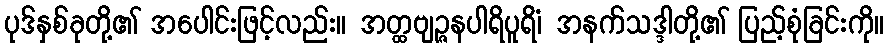
ပုဒ်နှစ်ခုတို့၏ အပေါင်းဖြင့်လည်း။ အတ္ထဗျဉ္ဇနပါရိပူရိံ၊ အနက်သဒ္ဒါတို့၏ ပြည့်စုံခြင်းကို။